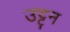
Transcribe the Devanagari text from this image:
उट्टन